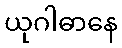
ယုဂါဓာနေ